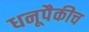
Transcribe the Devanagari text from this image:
धनूपैकीच